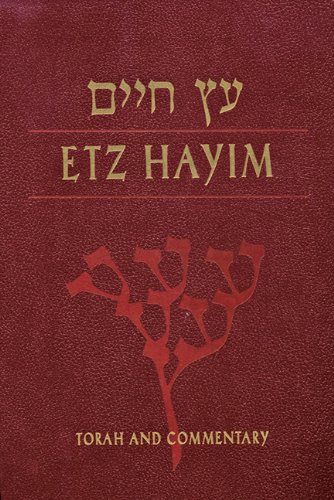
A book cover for Etz Hayim: Torah and Commentary; David L. Lieber; Religion & Spirituality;